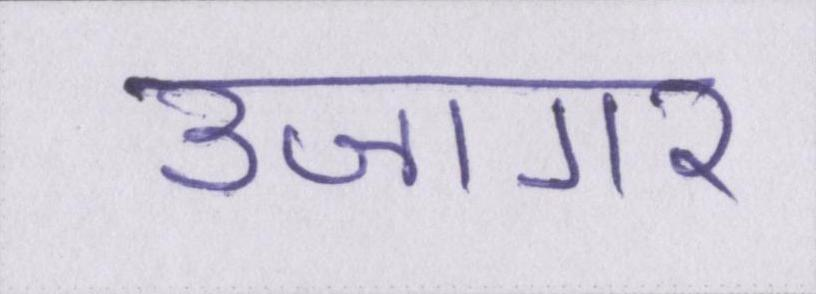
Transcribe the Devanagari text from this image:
उजागर